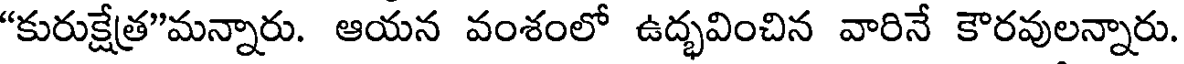
"కురుక్షేత్ర"మన్నారు. ఆయన వంశంలో ఉద్భవించిన వారినే కౌరవులన్నారు.